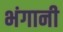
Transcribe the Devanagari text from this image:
भंगानी